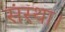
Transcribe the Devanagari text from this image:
संस्था।